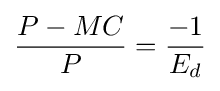
{\frac {P-MC}{P}}={\frac {-1}{E_{d}}}